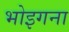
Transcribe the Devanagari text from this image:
भोइगना